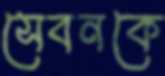
সেবনকে